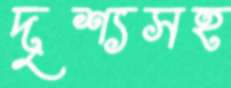
দৃশ্যসহ